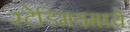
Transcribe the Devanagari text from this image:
स्टेडिमयमध्ये